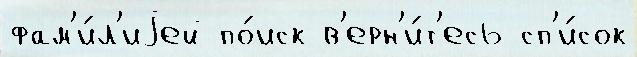
фам'и́л'иjей по́иск в'ерн'и́т'есь сп'и́сок